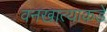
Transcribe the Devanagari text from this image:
वनखात्याकडे